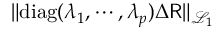
\| \mathrm { d i a g } ( \lambda _ { 1 } , \cdots , \lambda _ { p } ) \Delta { \sf R } \| _ { \mathcal { L } _ { 1 } }